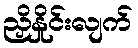
ညှိနှိုင်းလျက်